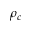
\rho _ { c }